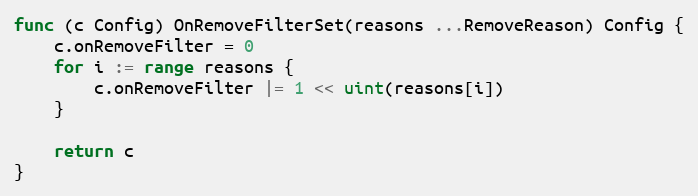
Language: Go
func (c Config) OnRemoveFilterSet(reasons ...RemoveReason) Config {
	c.onRemoveFilter = 0
	for i := range reasons {
		c.onRemoveFilter |= 1 << uint(reasons[i])
	}

	return c
}